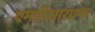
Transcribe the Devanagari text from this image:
एमडीआरएफ